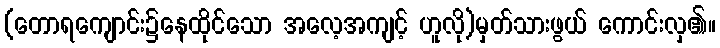
(တောရကျောင်း၌နေထိုင်သော အလေ့အကျင့် ဟူလို)မှတ်သားဖွယ် ကောင်းလှ၏။